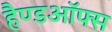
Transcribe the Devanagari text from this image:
हैण्डऑफ्स